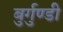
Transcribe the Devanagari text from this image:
बुर्गुण्डी